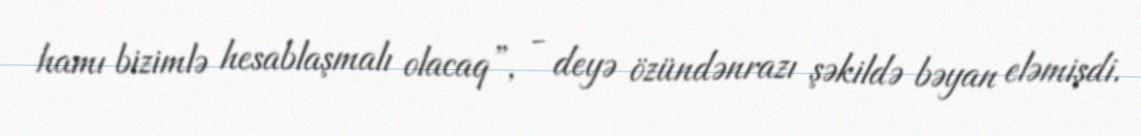
hamı bizimlə hesablaşmalı olacaq”, - deyə özündənrazı şəkildə bəyan eləmişdi.